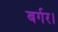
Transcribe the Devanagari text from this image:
बर्गर।